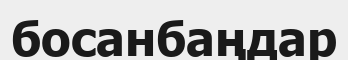
босанбаңдар